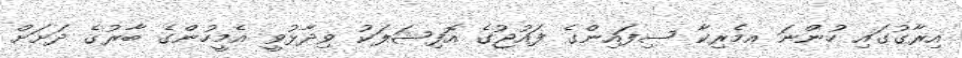
އިރާގުގައި ހުންނަ އމެރިކާ ސިފައިންގެ ފައުޖުގެ އޮފިޝަލަކު ވިދާޅުވީ އެމީހުންގެ ބާރުގެ ދަށަށް